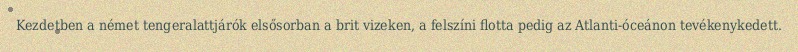
Kezdetben a német tengeralattjárók elsősorban a brit vizeken, a felszíni flotta pedig az Atlanti-óceánon tevékenykedett.